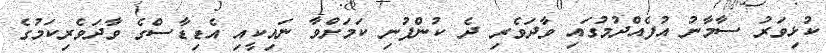
ކުޅިވަރު ސާމާނު އުފެއްދުމުގައި ވާދަވެރި ދެ ކުންފުނި ކަމަށްވާ ނައިކީއި އެޑިޑާސްގެ ވާދަވެރިކަމުގެ